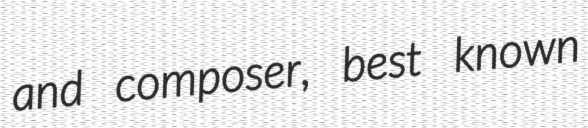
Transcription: and composer, best known